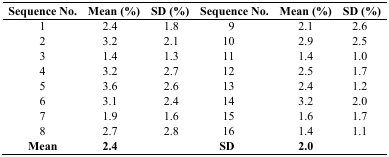
<table><thead><tr><td><b>Sequence No.</b></td><td><b>Mean (%)</b></td><td><b>SD (%)</b></td><td><b>Sequence No.</b></td><td><b>Mean (%)</b></td><td><b>SD (%)</b></td></tr></thead><tbody><tr><td>1</td><td>2.4</td><td>1.8</td><td>9</td><td>2.1</td><td>2.6</td></tr><tr><td>2</td><td>3.2</td><td>2.1</td><td>10</td><td>2.9</td><td>2.5</td></tr><tr><td>3</td><td>1.4</td><td>1.3</td><td>11</td><td>1.4</td><td>1.0</td></tr><tr><td>4</td><td>3.2</td><td>2.7</td><td>12</td><td>2.5</td><td>1.7</td></tr><tr><td>5</td><td>3.6</td><td>2.6</td><td>13</td><td>2.4</td><td>1.2</td></tr><tr><td>6</td><td>3.1</td><td>2.4</td><td>14</td><td>3.2</td><td>2.0</td></tr><tr><td>7</td><td>1.9</td><td>1.6</td><td>15</td><td>1.6</td><td>1.7</td></tr><tr><td>8</td><td>2.7</td><td>2.8</td><td>16</td><td>1.4</td><td>1.1</td></tr><tr><td><b>Mean</b></td><td><b>2.4</b></td><td></td><td><b>SD</b></td><td><b>2.0</b></td><td></td></tr></tbody></table>